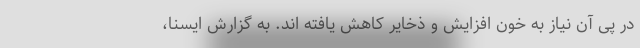
در پی آن نیاز به خون افزایش و ذخایر کاهش یافته اند. به گزارش ایسنا،